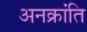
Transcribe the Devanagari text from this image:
अनक्रांति